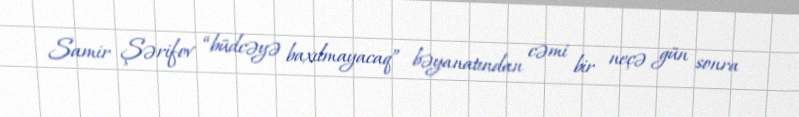
Samir Şərifov “büdcəyə baxılmayacaq” bəyanatından cəmi bir neçə gün sonra